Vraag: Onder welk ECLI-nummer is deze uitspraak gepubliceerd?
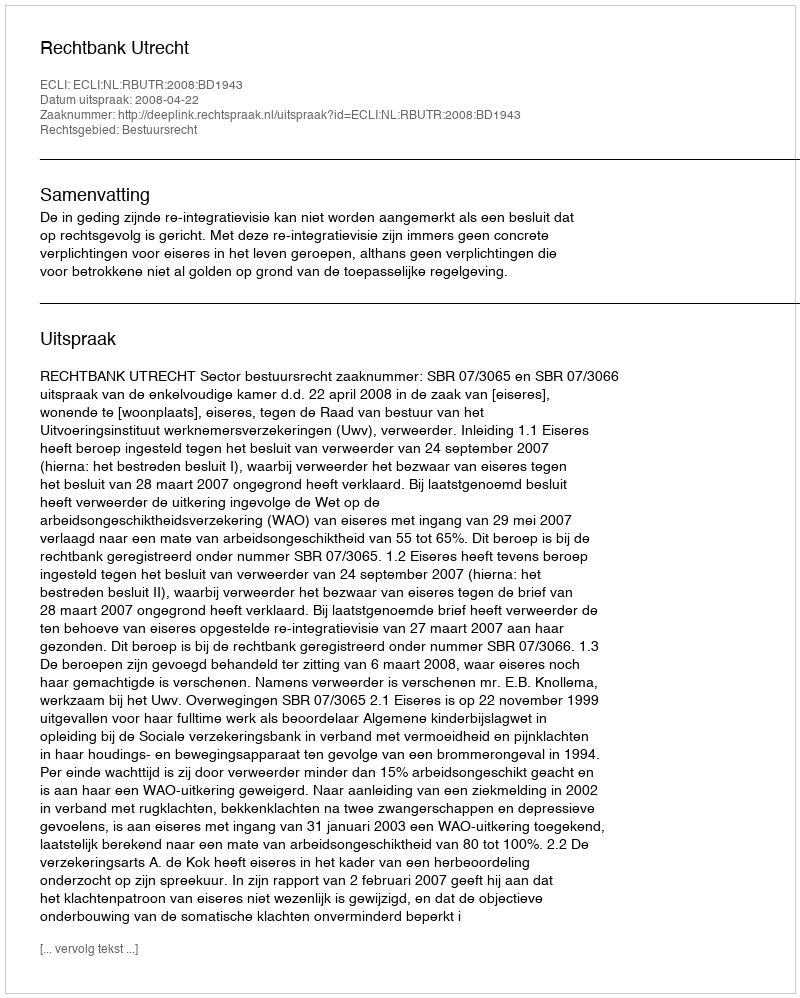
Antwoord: ECLI:NL:RBUTR:2008:BD1943